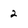
Character: 2